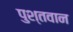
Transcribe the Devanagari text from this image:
पुश्तवान